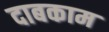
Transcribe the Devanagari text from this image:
दाबकाम